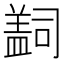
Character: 𰥄